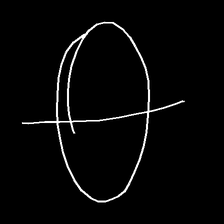
Glyph: orb